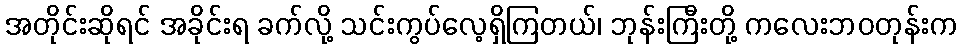
အတိုင်းဆိုရင် အခိုင်းရ ခက်လို့ သင်းကွပ်လေ့ရှိကြတယ်၊ ဘုန်းကြီးတို့ ကလေးဘဝတုန်းက